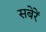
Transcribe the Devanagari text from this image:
सबेरें